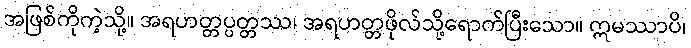
အဖြစ်ကိုကဲ့သို့။ အရဟတ္တပ္ပတ္တဿ၊ အရဟတ္တဖိုလ်သို့ရောက်ပြီးသော။ ဣမဿာပိ၊